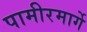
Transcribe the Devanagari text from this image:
पामीरमार्गे